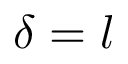
\delta = l